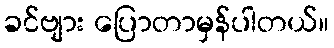
ခင်ဗျား ပြောတာမှန်ပါတယ်။